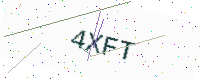
Text: 4XFT